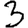
Digit: 3